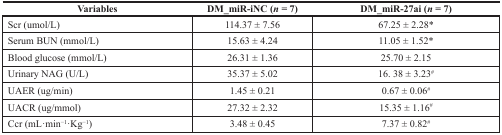
| Variables | DM_miR-iNC (n = 7) | DM_miR-27ai (n = 7) |
 | --- | --- | --- |
 | Scr (umol/L) | 114.37 ± 7.56 | 67.25 ± 2.28* |
 | Serum BUN (mmol/L) | 15.63 ± 4.24 | 11.05 ± 1.52* |
 | Blood glucose (mmol/L) | 26.31 ± 1.36 | 25.70 ± 2.15 |
 | Urinary NAG (U/L) | 35.37 ± 5.02 | 16. 38 ± 3.23# |
 | UAER (ug/min) | 1.45 ± 0.21 | 0.67 ± 0.06# |
 | UACR (ug/mmol) | 27.32 ± 2.32 | 15.35 ± 1.16# |
 | Ccr (mL·min−1·Kg−1) | 3.48 ± 0.45 | 7.37 ± 0.82# |